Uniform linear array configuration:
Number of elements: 48
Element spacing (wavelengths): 0.25
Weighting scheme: kaiser
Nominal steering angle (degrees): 45
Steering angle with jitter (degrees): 45.658
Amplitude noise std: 0.05
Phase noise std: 0.05

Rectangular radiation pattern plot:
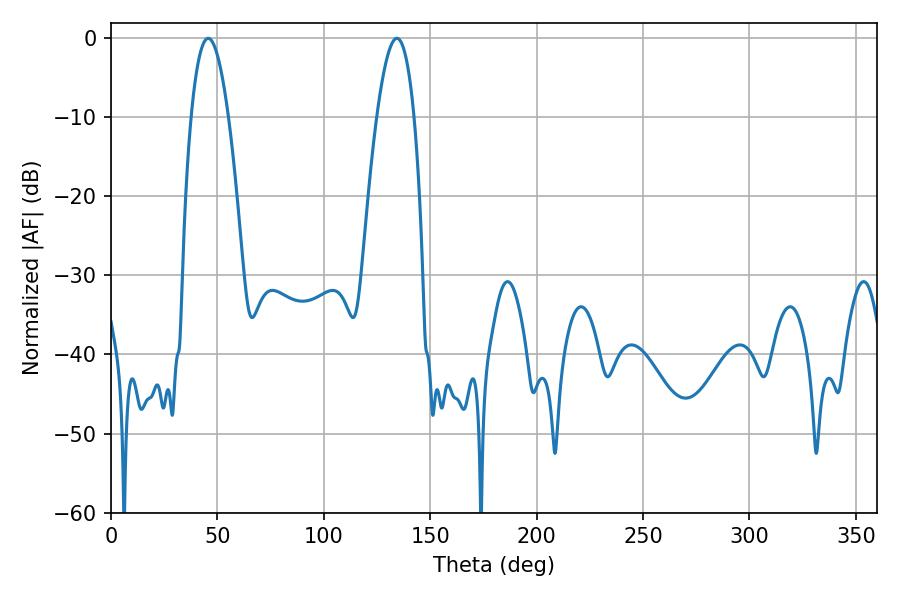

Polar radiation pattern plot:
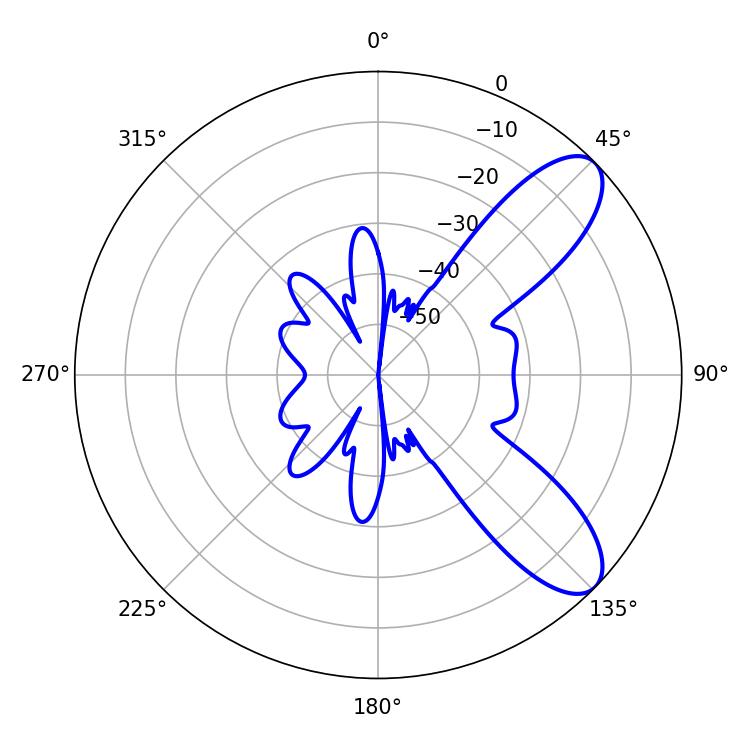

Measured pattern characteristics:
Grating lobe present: FALSE
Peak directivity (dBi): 8.856
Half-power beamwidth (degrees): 9.72
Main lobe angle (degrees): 45.72